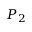
P _ { 2 }